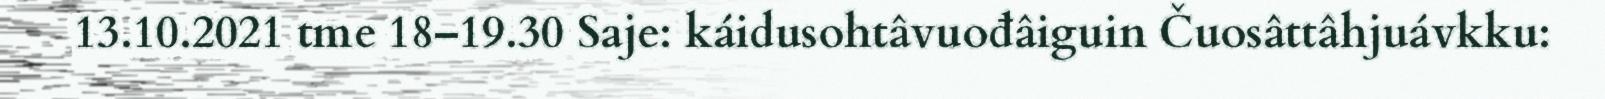
13.10.2021 tme 18–19.30 Saje: káidusohtâvuođâiguin Čuosâttâhjuávkku: